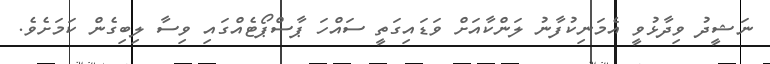
ނަޝީދު ވިދާޅުވީ އެމަނިކުފާނު ލަންކާއަށް ވަޑައިިގަތީ ސައްހަ ޕާސްޕޯޓެއްގައި ވިސާ ލިބިގެން ކަމަށެވެ.